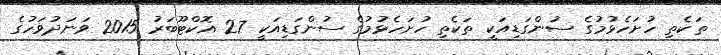
ތަކެތި ހުށަހެޅުމުގެ ސުންގަޑިއަކީ ތަކެތި ހުށަހެޅުމުގެ ސުންގަޑިއަކީ 27 އޮކްޓޫބަރު 2015 ވަނަދުވަހުގެ